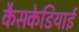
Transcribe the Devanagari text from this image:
कैसकेडियाई